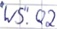
Text: "WS".Q2